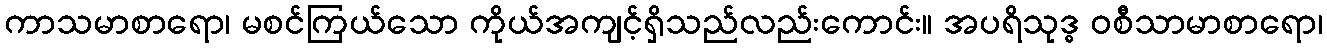
ကာသမာစာရော၊ မစင်ကြယ်သော ကိုယ်အကျင့်ရှိသည်လည်းကောင်း။ အပရိသုဒ္ဓ ဝစီသာမာစာရော၊